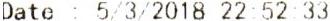
DATE : 5/3/2018 22:52:33